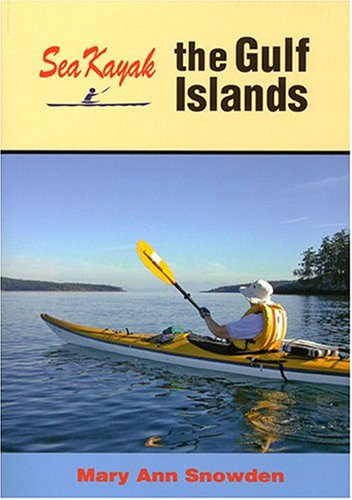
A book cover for Sea Kayak the Gulf Islands; Mary Ann Snowden; Sports & Outdoors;